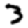
Digit: 3